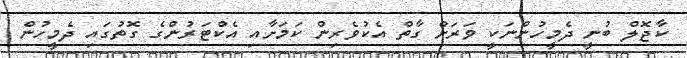
ކާޖޮލް ބުނީ ދެމީހުންނަކީ ވަރަށް ގާތް އެކުވެރިން ކަމަށާއި އެކްޓަރުންގެ ގޮތުގައި ދެމީހުން